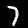
Digit: 7